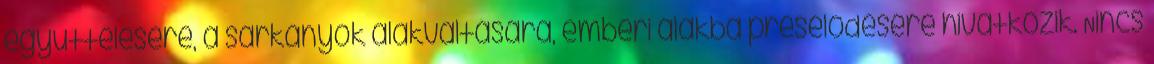
együttélésére, a sárkányok alakváltására, emberi alakba préselődésére hivatkozik. Nincs